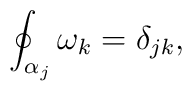
\oint_{\alpha_j}\omega_k=\delta_{jk},